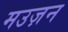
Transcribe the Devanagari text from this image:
मउज़न